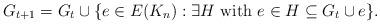
LaTeX: \begin{align*} G_{t+1} = G_t \cup \{e \in E(K_n): \exists H \mbox{ with } e \in H \subseteq G_t \cup {e} \}.\end{align*}